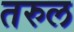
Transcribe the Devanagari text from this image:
तरुल